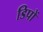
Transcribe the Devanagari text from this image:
डिपों